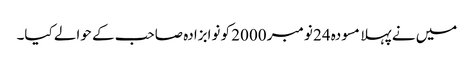
میں نے پہلا مسودہ 24 نومبر 2000 کو نوابزادہ صاحب کے حوالے کیا۔